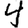
Digit: 4